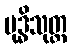
ဗုဒ္ဓိသုတ္တ